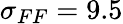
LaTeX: \sigma_{FF}=9.5